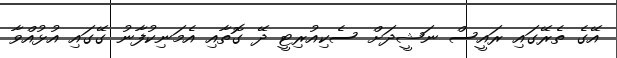
އޭގެ ތެރޭގައި ރައީސް ނަޝީދަށް ސެކިއުރިޓީ ދޭ ގޮތާއި އެމަނިކުފާނު ގޭގައި އުޅުއްވާ